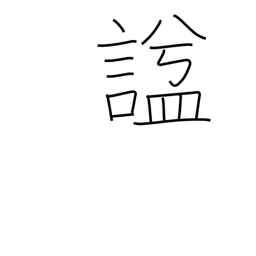
Meaning: posthumous name